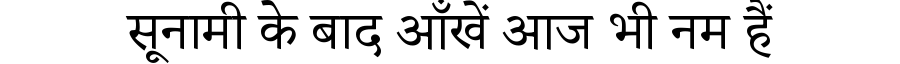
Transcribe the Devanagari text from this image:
सूनामी के बाद आँखें आज भी नम हैं